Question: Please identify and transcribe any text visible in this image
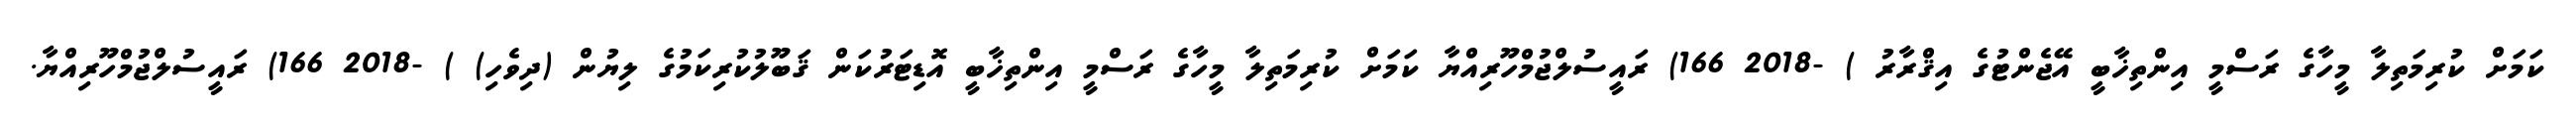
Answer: ކަމަށް ކުރިމަތިލާ މީހާގެ ރަސްމީ އިންތިޚާބީ އޭޖެންޓުގެ އިޤްރާރު ) -2018 166) ރައީސުލްޖުމްހޫރިއްޔާ ކަމަށް ކުރިމަތިލާ މީހާގެ ރަސްމީ އިންތިޚާބީ އޮޑިޓަރުކަން ޤަބޫލުކުރިކަމުގެ ލިޔުން (ދިވެހި) ) -2018 166) ރައީސުލްޖުމްހޫރިއްޔާ.